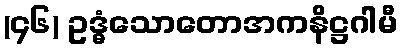
(၄၆) ဥဒ္ဓံသောတောအကနိဋ္ဌဂါမီ